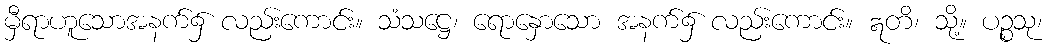
မှီရာဟူသောအနက်၌ လည်းကောင်း။ သံသဋ္ဌေ၊ ရောနှောသော အနက်၌ လည်းကောင်း။ ဣတိ၊ သို့။ ပဉ္စသု၊